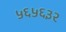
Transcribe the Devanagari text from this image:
५६५६३२